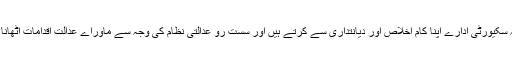
دراصل یہ تاثر پیدا کر دیا گیا ہے کہ سکیورٹی ادارے اپنا کام اخلاص اور دیانتداری سے کرتے ہیں اور سست رو عدالتی نظام کی وجہ سے ماوراے عدالت اقدامات اٹھانا ان اداروں کی مجبوری بن جاتی ہے۔